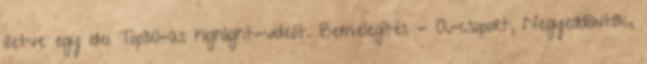
illetve egy idei Top30-as highlight-videót. Bemelegítés - A-csoport, Negyeddöntők,